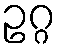
ဥဂ္ဂ